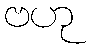
ဗဟု